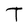
Character: T